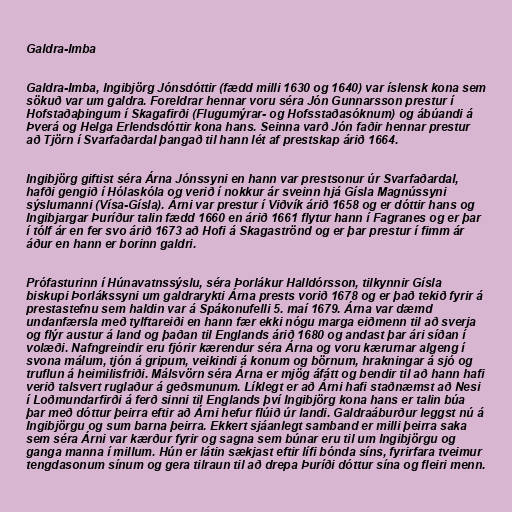
Galdra-Imba

Galdra-Imba, Ingibjörg Jónsdóttir (fædd milli 1630 og 1640) var íslensk kona sem
sökuð var um galdra. Foreldrar hennar voru séra Jón Gunnarsson prestur í
Hofstaðaþingum í Skagafirði (Flugumýrar- og Hofsstaðasóknum) og ábúandi á
Þverá og Helga Erlendsdóttir kona hans. Seinna varð Jón faðir hennar prestur
að Tjörn í Svarfaðardal þangað til hann lét af prestskap árið 1664.

Ingibjörg giftist séra Árna Jónssyni en hann var prestsonur úr Svarfaðardal,
hafði gengið í Hólaskóla og verið í nokkur ár sveinn hjá Gísla Magnússyni
sýslumanni (Vísa-Gísla). Árni var prestur í Viðvík árið 1658 og er dóttir hans og
Ingibjargar Þuríður talin fædd 1660 en árið 1661 flytur hann í Fagranes og er þar
í tólf ár en fer svo árið 1673 að Hofi á Skagaströnd og er þar prestur í fimm ár
áður en hann er borinn galdri.

Prófasturinn í Húnavatnssýslu, séra Þorlákur Halldórsson, tilkynnir Gísla
biskupi Þorlákssyni um galdrarykti Árna prests vorið 1678 og er það tekið fyrir á
prestastefnu sem haldin var á Spákonufelli 5. maí 1679. Árna var dæmd
undanfærsla með tylftareiði en hann fær ekki nógu marga eiðmenn til að sverja
og flýr austur á land og þaðan til Englands árið 1680 og andast þar ári síðan í
volæði. Nafngreindir eru fjórir kærendur séra Árna og voru kærurnar algeng í
svona málum, tjón á gripum, veikindi á konum og börnum, hrakningar á sjó og
truflun á heimilisfriði. Málsvörn séra Árna er mjög áfátt og bendir til að hann hafi
verið talsvert ruglaður á geðsmunum. Líklegt er að Árni hafi staðnæmst að Nesi
í Loðmundarfirði á ferð sinni til Englands því Ingibjörg kona hans er talin búa
þar með dóttur þeirra eftir að Árni hefur flúið úr landi. Galdraáburður leggst nú á
Ingibjörgu og sum barna þeirra. Ekkert sjáanlegt samband er milli þeirra saka
sem séra Árni var kærður fyrir og sagna sem búnar eru til um Ingibjörgu og
ganga manna í millum. Hún er látin sækjast eftir lífi bónda síns, fyrirfara tveimur
tengdasonum sínum og gera tilraun til að drepa Þuríði dóttur sína og fleiri menn.